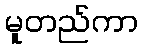
မူတည်ကာ